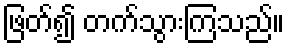
ဖြတ်၍ တက်သွားကြသည်။